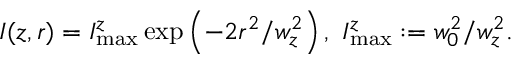
I ( z , r ) = I _ { \operatorname* { m a x } } ^ { z } \exp \left( - 2 r ^ { 2 } / w _ { z } ^ { 2 } \right) , ~ I _ { \operatorname* { m a x } } ^ { z } : = w _ { 0 } ^ { 2 } / w _ { z } ^ { 2 } .